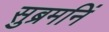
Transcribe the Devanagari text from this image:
सुब्रमनिं